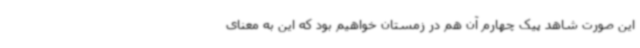
این صورت شاهد پیک چهارم آن هم در زمستان خواهیم بود که این به معنای